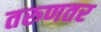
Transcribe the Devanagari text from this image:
तरुणतर